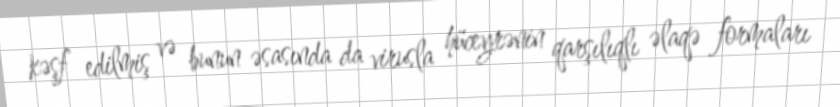
kəşf edilmiş və bunun əsasında da virusla hüceyrənin qarşılıqlı əlaqə formaları